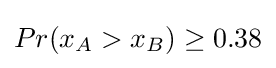
Pr(x_{A}>x_{B})\geq 0.38